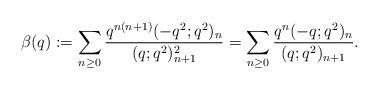
LaTeX: \begin{align*}\beta(q):=\sum_{n\ge 0}\frac{q^{n(n+1)}(-q^2;q^2)_n}{(q;q^2)_{n+1}^2}=\sum_{n\ge 0}\frac{q^n (-q;q^2)_n}{(q;q^2)_{n+1}}.\end{align*}